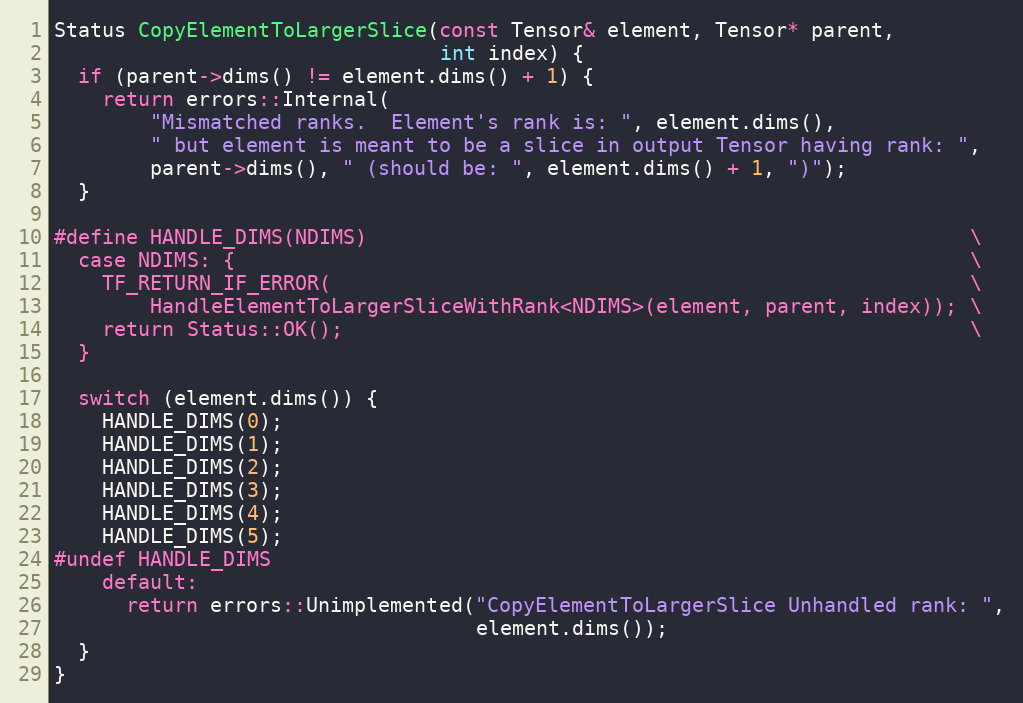
Language: C++
Status CopyElementToLargerSlice(const Tensor& element, Tensor* parent,
                                int index) {
  if (parent->dims() != element.dims() + 1) {
    return errors::Internal(
        "Mismatched ranks.  Element's rank is: ", element.dims(),
        " but element is meant to be a slice in output Tensor having rank: ",
        parent->dims(), " (should be: ", element.dims() + 1, ")");
  }

#define HANDLE_DIMS(NDIMS)                                                  \
  case NDIMS: {                                                             \
    TF_RETURN_IF_ERROR(                                                     \
        HandleElementToLargerSliceWithRank<NDIMS>(element, parent, index)); \
    return Status::OK();                                                    \
  }

  switch (element.dims()) {
    HANDLE_DIMS(0);
    HANDLE_DIMS(1);
    HANDLE_DIMS(2);
    HANDLE_DIMS(3);
    HANDLE_DIMS(4);
    HANDLE_DIMS(5);
#undef HANDLE_DIMS
    default:
      return errors::Unimplemented("CopyElementToLargerSlice Unhandled rank: ",
                                   element.dims());
  }
}